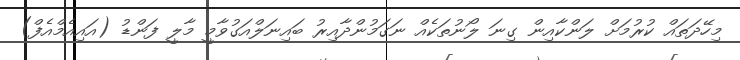
މިހޭދަތައް ކުރުމަށް ލަންކާއިން ގިނަ ލޯނުތަކެއް ނަގަމުންދާއިރު ބައިނަލްއަގުވާމީ މާލީ ފަންޑު (އައިއެމްއެފް)